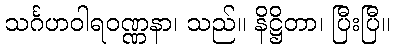
သင်္ဂဟဝါရဝဏ္ဏနာ၊ သည်။ နိဋ္ဌိတာ၊ ပြီးပြီ။